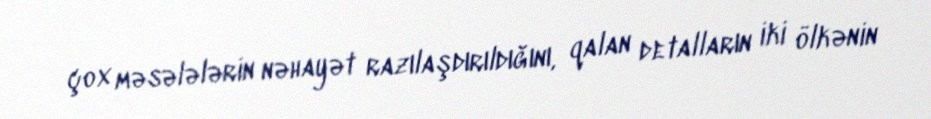
çox məsələlərin nəhayət razılaşdırıldığını, qalan detalların iki ölkənin